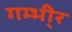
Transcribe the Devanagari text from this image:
गम्भी्र